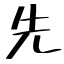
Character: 先